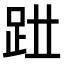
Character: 𧿱